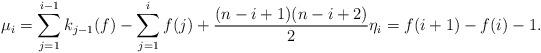
LaTeX: \begin{align*} \mu_i = \sum_{j=1}^{i-1}k_{j-1}(f) - \sum_{j=1}^i f(j) + \frac{(n-i+1)(n-i+2)}{2} \eta_i = f(i+1)-f(i)-1. \end{align*}